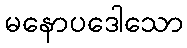
မနောပဒေါသော